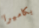
بكاميرا